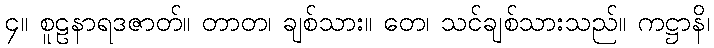
၄။ စူဠနာရဒဇာတ်။ တာတ၊ ချစ်သား။ တေ၊ သင်ချစ်သားသည်။ ကဋ္ဌာနိ၊